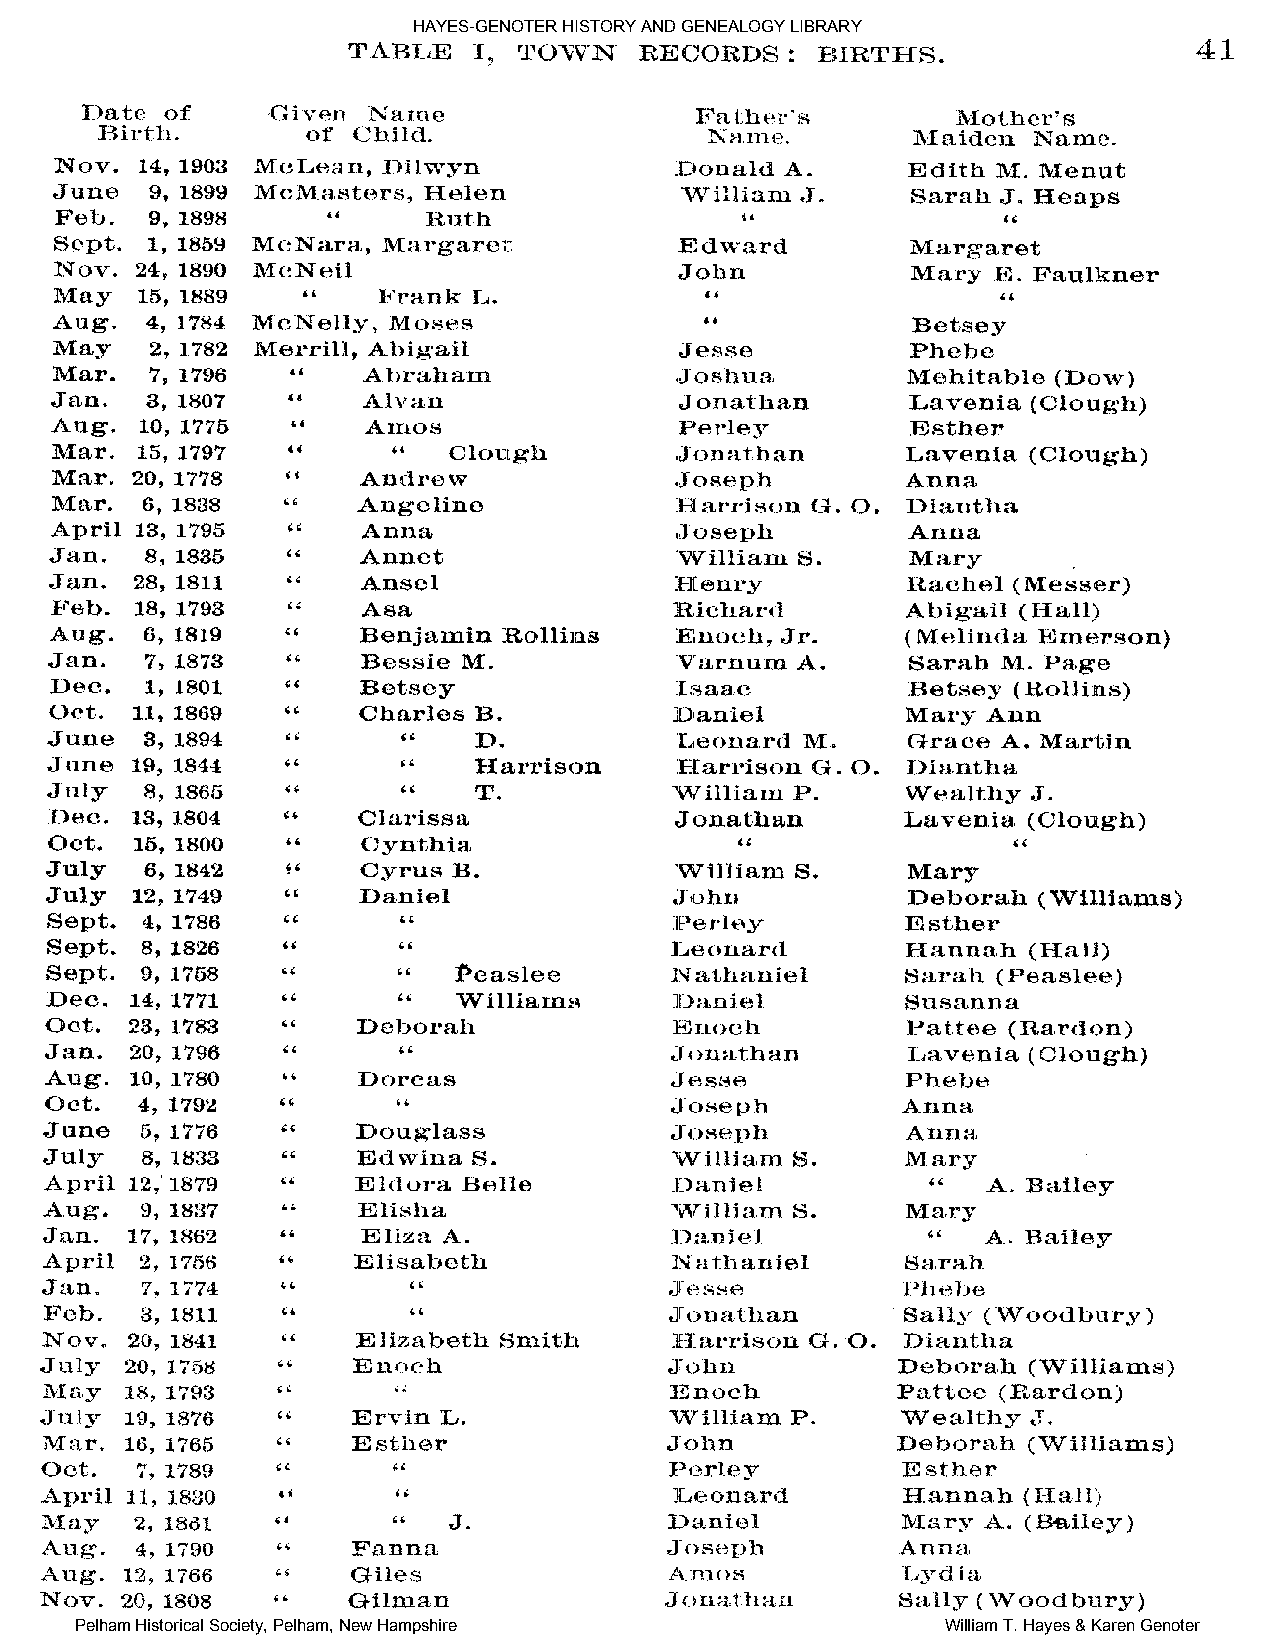
HAYES-GENOTER HISTORY AND GENEALOGY LIBRARY
 Pelham Historical Society, Pelham, New Hampshire          William T. Hayes & Karen Genoter